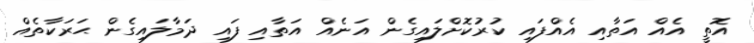
އޮތީ އެއް އަތާއި އެއްފައި ކުރުކޮށްލައިގެން އަނެއް އަތާއި ފައި ދަމާލައިގެން ޙަރަކާތެއް